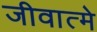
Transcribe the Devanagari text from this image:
जीवात्मे